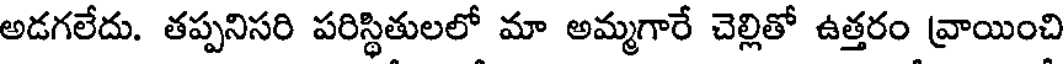
అడగలేదు. తప్పనిసరి పరిస్థితులలో మా అమ్మగారే చెల్లితో ఉత్తరం వ్రాయించి